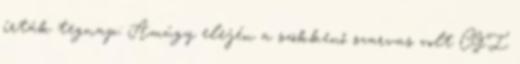
írták tegnap: Amúgy elején a szökkenő szarvas volt CGI